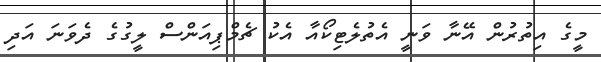
މީގެ އިތުރުން އޭނާ ވަނީ އެތުލެޓިކޯއާ އެކު ޗެމްޕިއަންސް ލީގުގެ ދެވަނަ އަދި